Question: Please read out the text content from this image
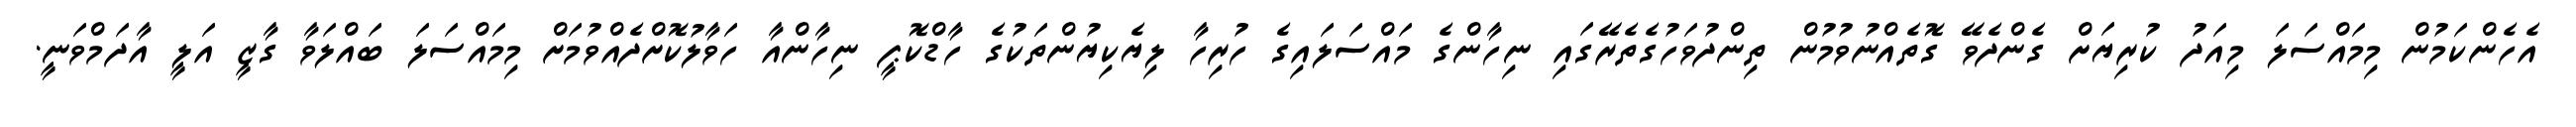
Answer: އެހެންކަމުން މިމައްސަލަ މިއަދު ކުރިޔަށް ގެންދެވޭ ގޮތެއްނުވުމުން ތިންދުވަހުގެތެރޭގައި ނިހާންގެ މައްސަލައިގެ ހުރިހާ ލިޔެކިޔުންތަކުގެ ހާޑްކޮޕީ ނިހާންއާ ހަވާލުކޮށްދެއްވުމަށް މިމައްސަލަ ބައްލަވާ ގާޒީ އަލީ އާދަމްވަނީ.